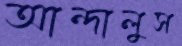
আন্দালুস